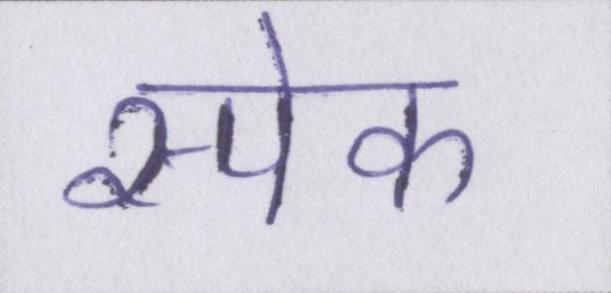
स्पेक